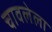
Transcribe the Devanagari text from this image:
चावलेला